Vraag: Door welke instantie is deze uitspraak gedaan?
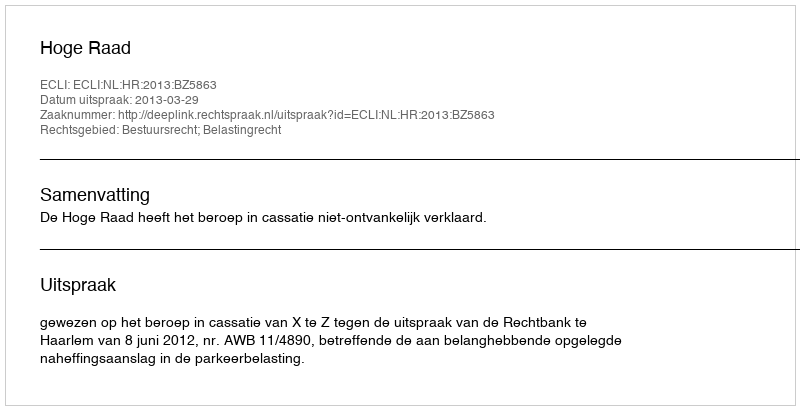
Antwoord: Hoge Raad